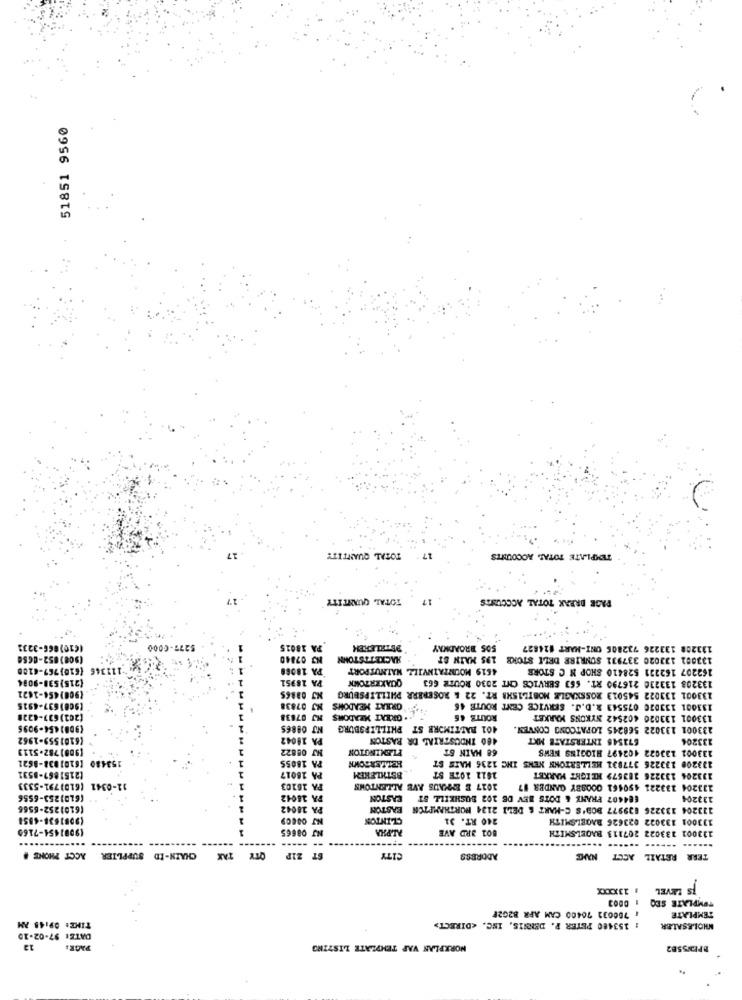
51851 9560
TOTAL QUANTITY
TEMPLATE TOTAL ACCOUNTS
TOTAL QUANTITY
PAGE DARAK TOTAL ACCOUNTS
((10)866-3232
$277-6000
PA 18015
BETALEREK
SOS BROADWAY
133208 133226 732806 ONI-MART #24827
(908)052-0654
NJ 07840
HACKETTSTOWN
195 MAIN ST
133001 133020 337931 SONRIBE DELE STOKE
26 5 111346 (610)767-6100
PA 18068
4519 MOUNTAINVILZ NATNUTPORT
162207 162231 528410 SHOP N C STORE
(215)538-9084
PA 18951
QUAKERZONK
133208 133230 216790 RT. 663 SERVICE CHT 2030 ROUZE 663
(908)454-1421
133001 133022 545013 ROSSKAGLE MOBILISH& RT. 22 & ROSERBRR PHILLIPSBURG
(908)637-4915
NJ 07838
GREAT MEADOWS
133001 133020 075543 R.D.J. SERVICE CENT ROUTE 46
(202) 637-4228
NJ 07838
.. GREAT MIADOMS
ROUTE 66
133001 133020 602542 NYKONS MARKET
(908)454-9095
401 BALTIMORE ST PHILLIPSBURG
233001 133022 568245 LOPATCONG CONVEN.
(6101559-1962
PA 18042
480 INDUSTRIAL DR BASTON
671545 INTERSTATE MKT
133204
(908) 782.5113
NJ 08822
FLEMINGTON
68 MAIN ST
133001 133022 402497 HIGGINS NEWS
153480 [6101838-8621
PA 18055
133200 133226 377831 HELLERTOWN NEWS INC 1236 MAIS ST
1811 10TH ST
(2151867-8531
PA 16017
BETHLEHEM
133204 133226 183579 HEIGHT MARKET
12-0341 (610) 791-5333
PA 16103
1017 E EMMAUS AVE ALLENTOWN
133204 133221 490461 0008BY GANDER 17
(610)253-6556
PA 18042
EASTON
684407 FRANK & DOTS BEV DE 102 BUSHKILL ST
133204
(6101252-6566
PA 20042
EASTON
123204 133226 839977 BOB'S C-MART & DELI 2124 NORTHAMPTON
(9083638-4858
CLINTON
240 RT. 31
133001 133022 023626 BAGELSMITH
19081454-7160
NJ 08665
ALPHA
801 3RD AVE
133001 133022 207113 BAGELSMITH
CHAIN-ID SUPPLIER ACCT PHONE .
-- -----
QTY TAX
ST Z1P
CITY
ADDRESS
TERR RETAIL ACCT NAC
IS LEVEL : 13XXXX
TS LEVEL
TEMPLATE SEQ
: 700032 76400 CAM AFR B2G2F
TEMPLATE
TIME: 09:48 AM
: 153480 PETER P. DENNIS, INC. < DIRECT>
WHOLESALER
DATE: 97-02-10
13
PAGE:
WORKPLAN VAP TEMPLATE LISTING
BPENS582